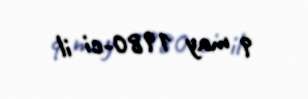
9 may 1980-ci il